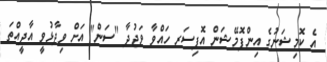
އެ ކޮމިޝަނުގެ އިންފޮމޭޝަން އޮފިސަރ ހައްވާ ވަޖުދާ "ސަން" އަށް ވިދާޅުވީ އާދީއްތަ